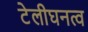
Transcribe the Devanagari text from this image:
टेलीघनत्व